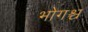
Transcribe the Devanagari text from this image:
भोगश्च